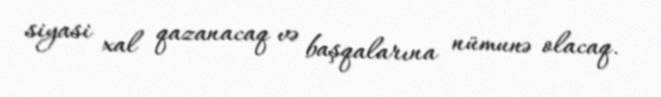
siyasi xal qazanacaq və başqalarına nümunə olacaq.